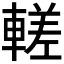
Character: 𬧹